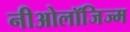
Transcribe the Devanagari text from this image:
नीओलॉजिज्म